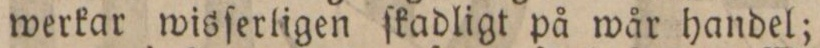
werkar wisſerligen ſkadligt på wår handel;